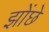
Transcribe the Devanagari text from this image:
झोंछे